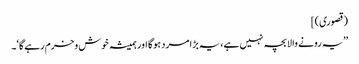
(قصوری)]
’’یہ رونے والا بچہ نہیں ہے، یہ بڑا مرد ہوگا اور ہمیشہ خوش وخرم رہےگا‘۔